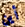
أين